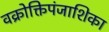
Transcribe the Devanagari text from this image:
वक्रोक्तिपंजाशिका